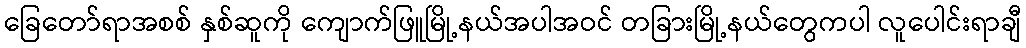
ခြေတော်ရာအစစ် နှစ်ဆူကို ကျောက်ဖြူမြို့နယ်အပါအဝင် တခြားမြို့နယ်တွေကပါ လူပေါင်းရာချီ